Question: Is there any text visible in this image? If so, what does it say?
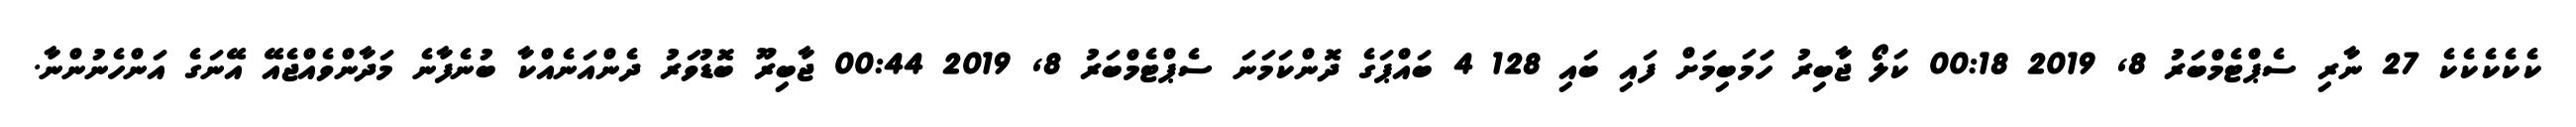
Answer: ކެކެކެކެކެ 27 ނާރި ސެޕްޓެމްބަރު 8, 2019 00:18 ކަލޯ ޖާބިރު ހަަމަބިމަށް ފައި ބައި 128 4 ބައްޕަގެ ދޮންކަމަނަ ސެޕްޓެމްބަރު 8, 2019 00:44 ޖާބިރޫ ބޮޑުވަރު ދެންއަނެއްކާ ބުނެފާނެ މަދާންވެއްޖެއޭ އޭނަގެ އަންހެނުންނާ.